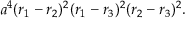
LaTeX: a ^ { 4 } ( r _ { 1 } - r _ { 2 } ) ^ { 2 } ( r _ { 1 } - r _ { 3 } ) ^ { 2 } ( r _ { 2 } - r _ { 3 } ) ^ { 2 } .